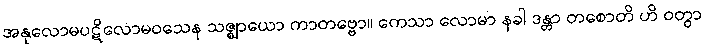
အနုလောမပဋိလောမဝသေန သဇ္ဈာယော ကာတဗ္ဗော။ ကေသာ လောမာ နခါ ဒန္တာ တစောတိ ဟိ ဝတွာ